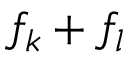
f _ { k } + f _ { l }